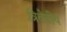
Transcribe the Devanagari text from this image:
त्रिवेदीय